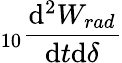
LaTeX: _{10}\frac{\mathrm{d^{2}}W_{rad}}{\mathrm{d}t\mathrm{d}\delta}